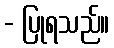
- ပြုရသည်။